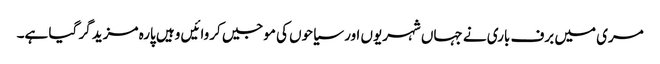
مری میں برف باری نے جہاں شہریوں اور سیاحوں کی موجیں کروائیں وہیں پارہ مزید گر گیا ہے۔